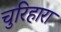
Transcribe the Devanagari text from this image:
चुरिहारा